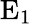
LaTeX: \mathrm{E}_{1}